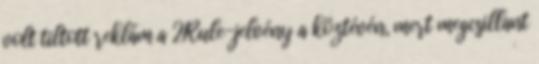
volt tiltott reklám a 2Rule-jelvény a köztévén, mert megcsillant